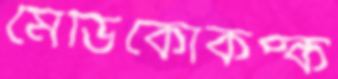
মেডিকোকপ্‌ক